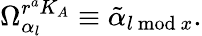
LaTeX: \Omega_{\alpha_{l}}^{r^{a}K_{A}}\equiv\tilde{\alpha}_{l\mathrm{~mod~}x}.